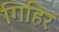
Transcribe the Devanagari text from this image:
गिहिर